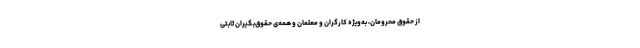
از حقوق محرومان، به‌ویژه کارگران و معلمان و همه‌ی حقوق‌بگیران ثابتی